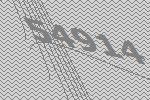
54914